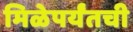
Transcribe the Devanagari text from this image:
मिळेपर्यंतची